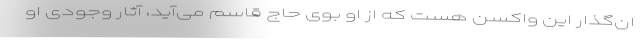
ان‌گذار این واکسن هست که از او بوی حاج قاسم می‌آید، آثار وجودی او